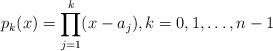
LaTeX: \begin{align*} p_k(x) = \prod_{j=1}^k (x-a_j), k = 0, 1, \ldots, n-1 \end{align*}